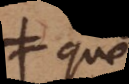
a que